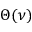
\Theta ( \nu )